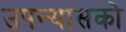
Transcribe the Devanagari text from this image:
उपन्यासको